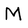
Character: M